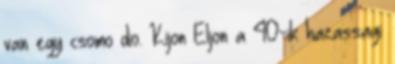
van egy csomo dio. Kijon Eljon a 40-ik hazassagi